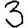
Digit: 3